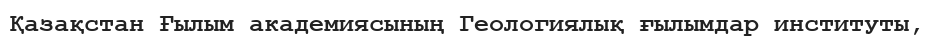
Қазақстан Ғылым академиясының Геологиялық ғылымдар институты,